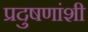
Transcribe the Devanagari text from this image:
प्रदुषणांशी